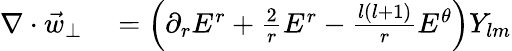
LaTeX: \begin{array}{rl}{\nabla\cdot\vec{w}_{\perp}}&{{}=\left(\partial_{r}E^{r}+\frac{2}{r}E^{r}-\frac{l(l+1)}{r}E^{\theta}\right)Y_{lm}}\end{array}